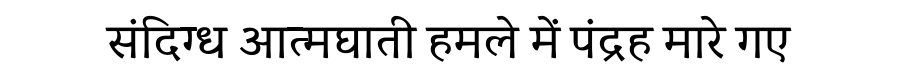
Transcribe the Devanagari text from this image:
संदिग्ध आत्मघाती हमले में पंद्रह मारे गए